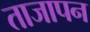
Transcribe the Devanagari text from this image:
ताजापन